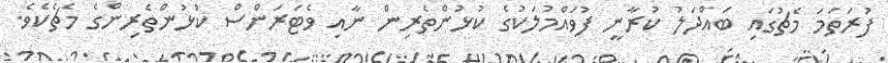
ފުރަތަމަ މެޗުގައި ބައްދަލު ކުރާނީ ފުވައްމުލަކުގެ ކުޅުންތެރިން ނާއި ވެޓަރަންސް ކުޅުންތެރިންގެ މެޗެކެވެ.